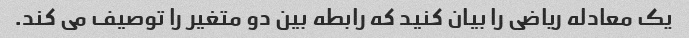
یک معادله ریاضی را بیان کنید که رابطه بین دو متغیر را توصیف می کند.